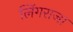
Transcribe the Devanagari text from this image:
लिंगराजा